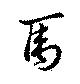
焉